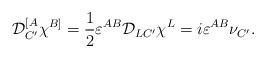
LaTeX: \begin{align*}{\cal D}^{[A}_{C'}\chi^{B]}=\frac{1}{2}\varepsilon^{AB}{\cal D}_{LC'}\chi^L=i\varepsilon^{AB}\nu_{C'}.\end{align*}